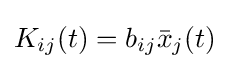
K_{ij}(t)=b_{ij}{\bar {x}}_{j}(t)